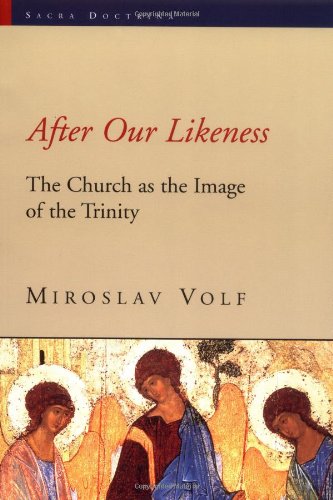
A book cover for After Our Likeness: The Church as the Image of the Trinity (Sacra Doctrina: Christian Theology for a Postmodern Age); Miroslav Volf; Christian Books & Bibles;